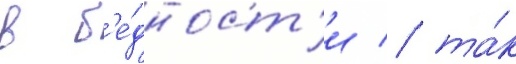
в б'е́дност'и / та́к